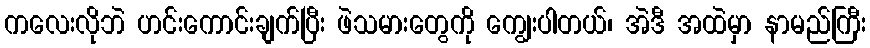
ကလေးလိုဘဲ ဟင်းကောင်းချက်ပြီး ဖဲသမားတွေကို ကျွေးပါတယ်၊ အဲဒီ အထဲမှာ နာမည်ကြီး